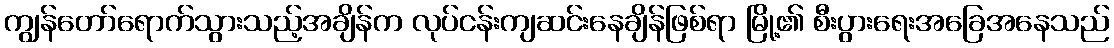
ကျွန်တော်ရောက်သွားသည့်အချိန်က လုပ်ငန်းကျဆင်းနေချိန်ဖြစ်ရာ မြို့၏ စီးပွားရေးအခြေအနေသည်